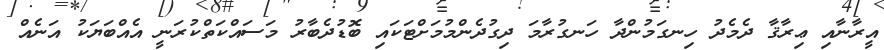
އީރާނާއި ޢިރާޤާ ދެމެދު ހިނގަމުންދާ ހަނގުރާމަ ދިގުދެންމުމަށްޓަކައި ބޮޑުދެބާރު މަސައްކަތްކުރަނީ އެއްބަޔަކު އަނެއް